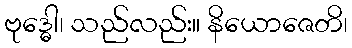
ဗုဒ္ဓေါ၊ သည်လည်း။ နိယောဇေတိ၊